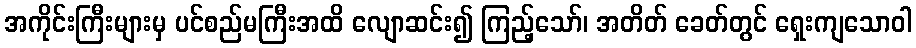
အကိုင်းကြီးများမှ ပင်စည်မကြီးအထိ လျောဆင်း၍ ကြည့်သော်၊ အတိတ် ခေတ်တွင် ရှေးကျသောဝါ